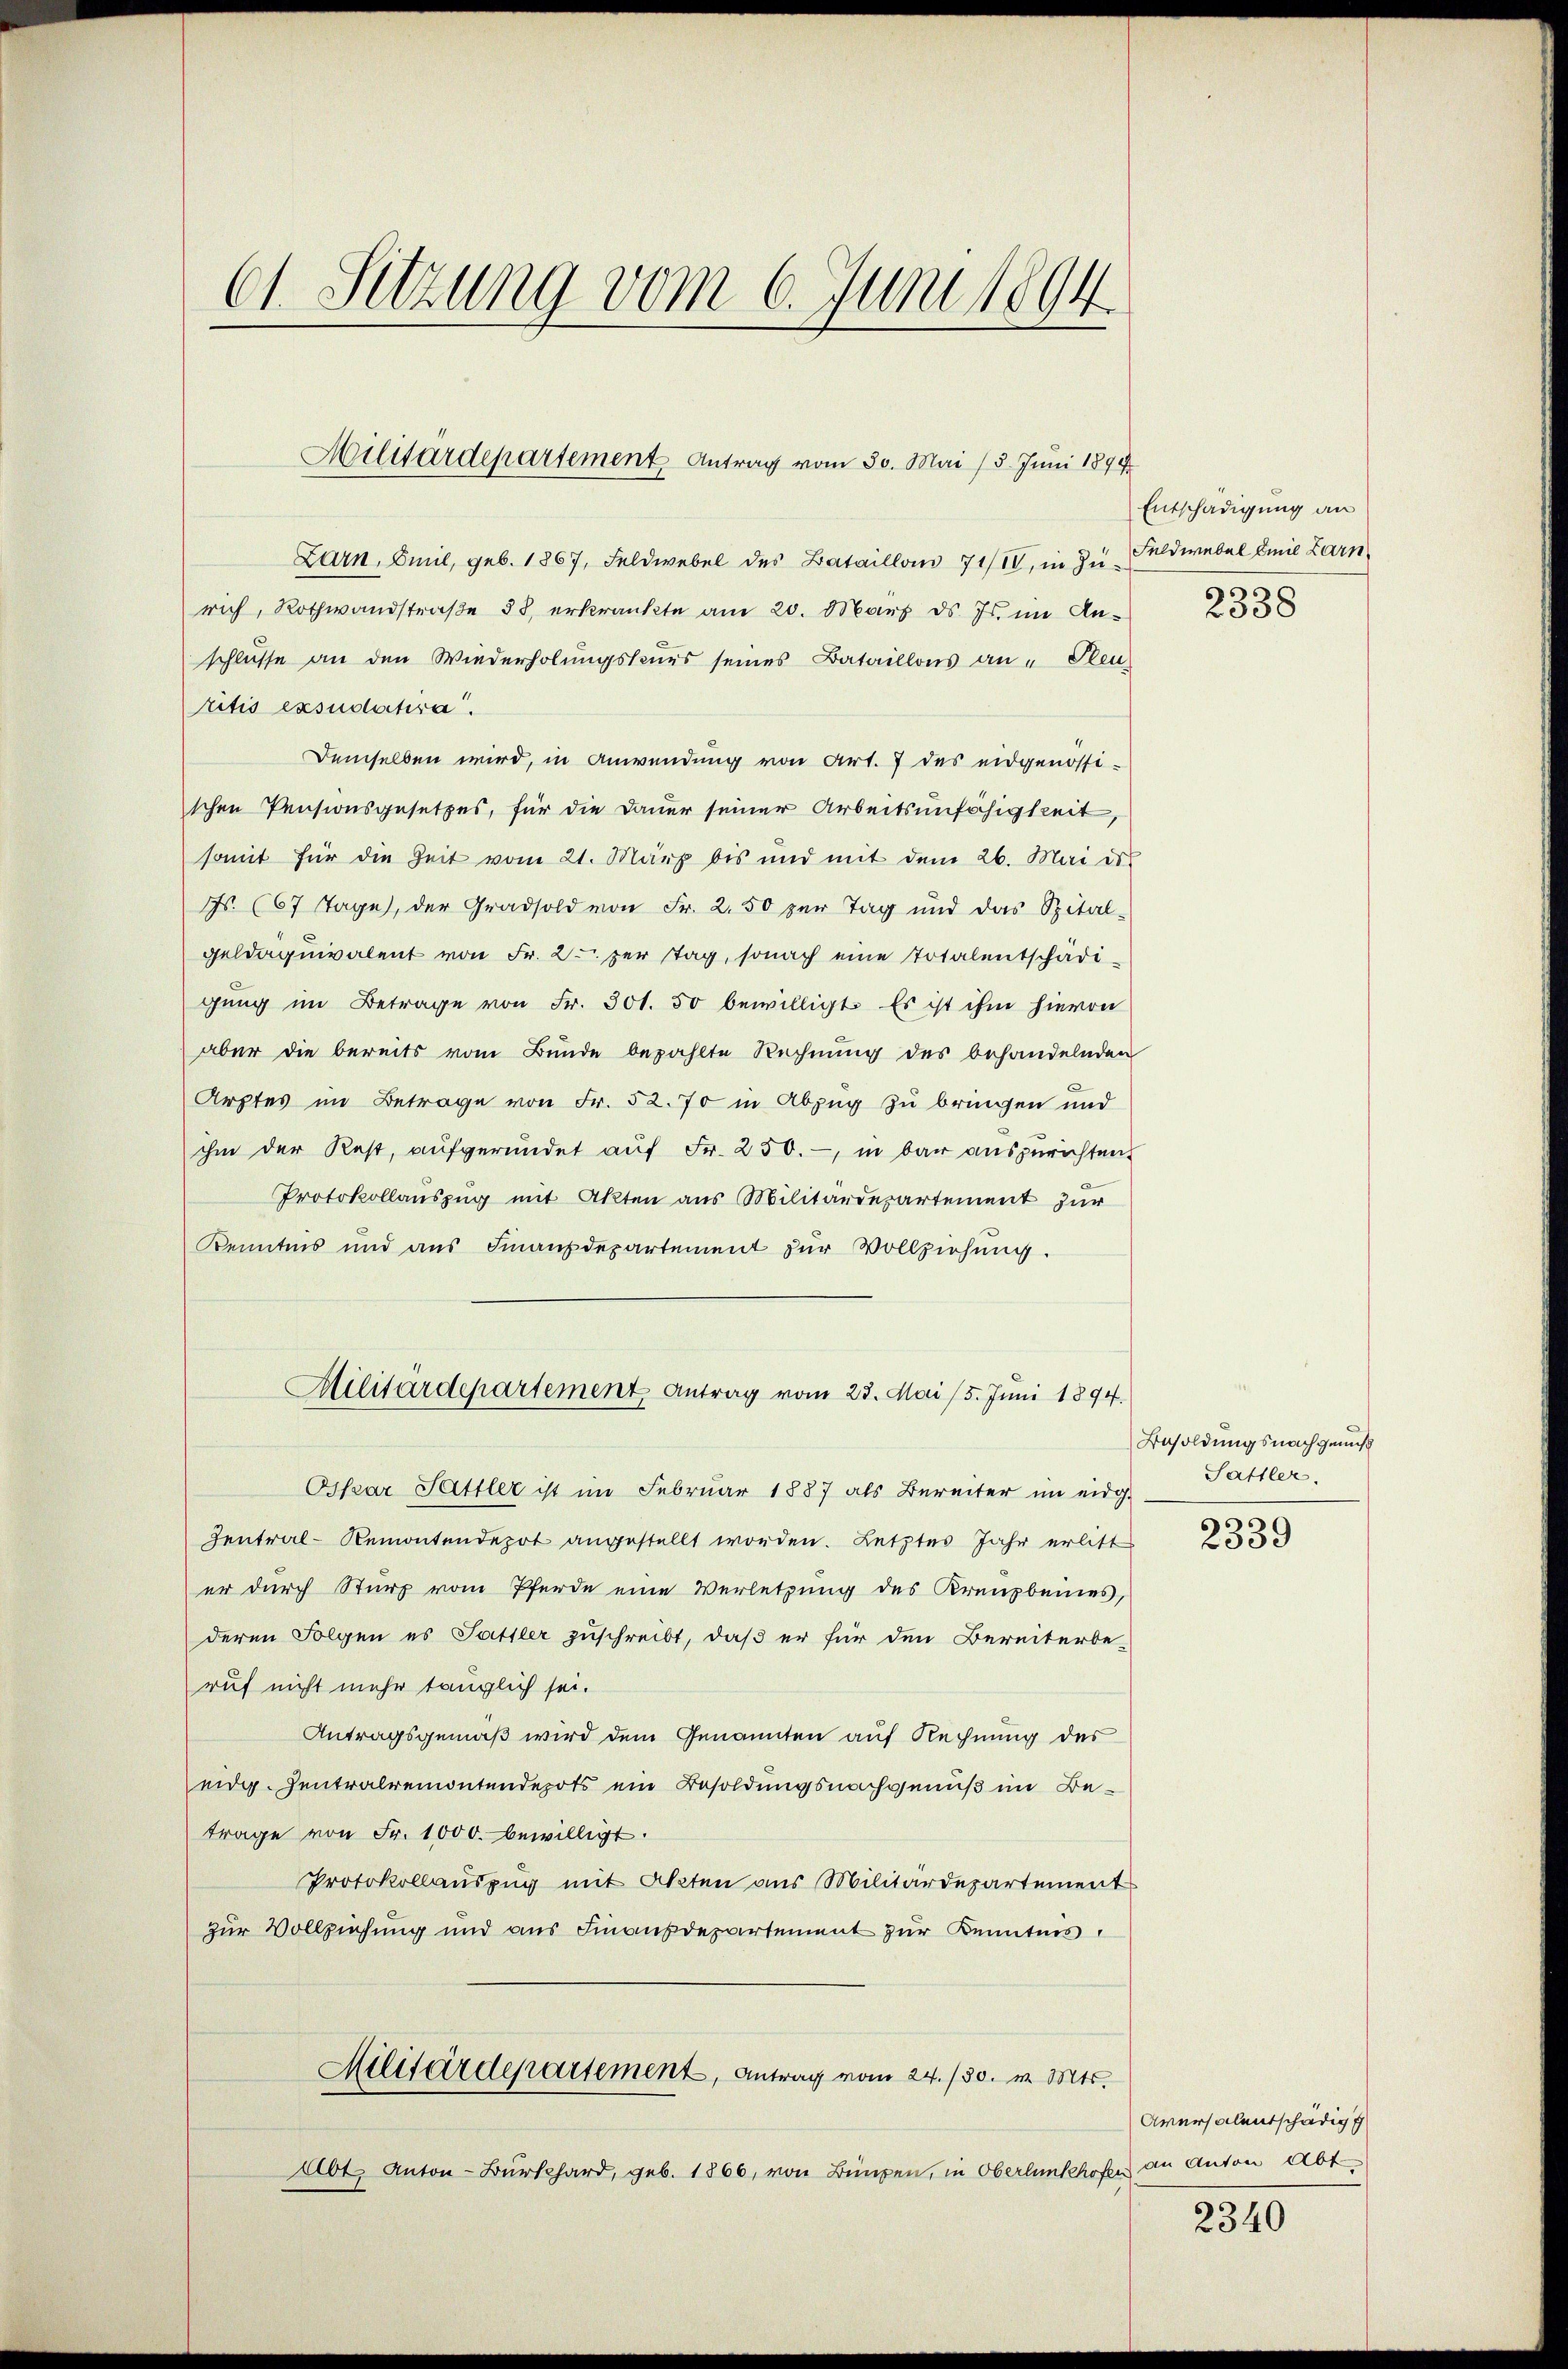
61. Sitzung vom 6. Juni 1894

Zarn, Emil, geb. 1867, Feldwebel des Bataillon 71/II, in Z. Feldwebel Emil Zarn
rich, Rothwandstraβe 33, erkränkte am 20. März ds. Js. im An-
schlüsse an den Wiederholungskanes seines Bataillons an - Steuritis exsudatira
Demselben wird, in Anwendung von Art. 7 des eidgenössi-
schen Pensionsgesetzes, für die Dauer seiner Arbeitsunfähigkeit,
somit für die Zeit vom 21. März bis und mit dem 26. Mai es
F. (67 Tage, der Gradsold von Fr. 2.50 zur Tag und das Spital-
geldäquivalent von Fr. 2. per tag, sonach eine Totalentschädigung im Betrage von Fr. 301. 50 bewilligt. Es ist ihm hievon
aber die bereits vom Bunde bezahlte Rechnung des behandelnden
Arztes im Betrage von Fr. 52. 70 in Abzug zu bringen und
ihm der Rest, aufgeründet aŭf Fr. 250.- in bar auszurichten.
Protokollauszug mit Akten aus Militärdepartement zur
Kenntnis und aus Finanzdepartement zur Vollziehung.
Militärdepartement Antrag vom 23. Mai 15. Juni 1894.
Ospaar Sattler ist im Februar 1887 als Bereiter im eidg.
Zentral-Remontendepot angestellt worden. Letztes Jahr erlitt
er durch Sturz vom Pferde eine Verletzung des Kreuzbeines,
deren Folgen es Sattler zŭschreibt, daß er für den Bereiterbe-
ruf nicht mehr tauglich sei.
Antragsgemäß wird dem Genannten auf Rechnung des
eidg. Zentralremontendepots ein Besoldungsnachgenuß im Betrage von Fr. 1000. bewilligt.
Protokollauszug mit Akten aus Militärdepartement
zur Vollziehung und aus Finanzdepartement zur Kenntnis,
Militärdepartement, Antrag vom 24. 130. v. Mts.
Abt. Anton-Burkhard, geb. 1866, von Bünzen, in Oberlunkhofe an Anton Abt

Militärdepartement Antrag vom 30. Mai 15. Juni 1890

Entschädigung an
9

2338

Besoldungsnachgenuß
Sattler.

2339

Aversalentschädig

2340